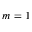
m = 1